Regulations for the medical services of the Army of India
Year: 1930
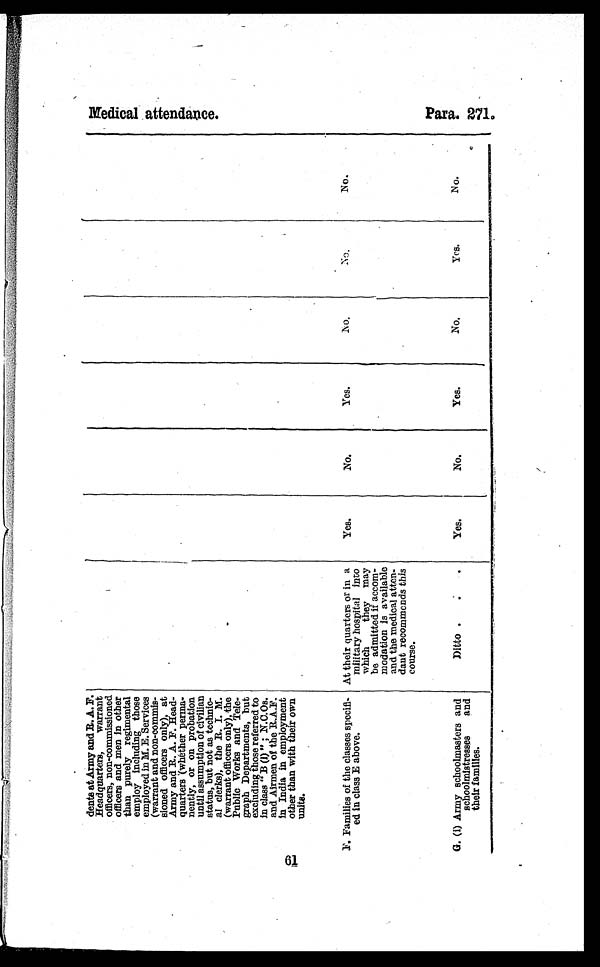
61
dents at Army and R. A. F.
Headquarters, warrant
officers, non-commissioned
officers and men in other
than purely regimental
employ including those
employed in M. E. Services
(warrant and non-commis-
sioned officers only), at
Army and R A. F. Head-
quarters (whether perma-
nently, or on probation
until assumption of civilian
status, but not as technic-
al clerks), the R. I. M.
(warrant officers only), the
Public Works and Tele-
graph Departments, but
excluding those referred to
in class " B( i ) " ;
N . C . O s .
and Airmen of the R.A.F.
In India in employment
other than with their own
units.
F. Families of the classes specifi-
ed in class E above.
At their quarters or in a
military hospital into
which they may
be admitted if accom-
modation is available
and the medical atten-
dant recommends this
course.
Yes.
No.
Yes.
NO.
No.
No.
G. (i) Army schoolmasters and
schoolmistresses and
t h e i r f a mi l l e s .
Ditto
Yes.
No.
Yes.
No.
Yes.
No.
M e d i c a l a t t e d a n c e
P a r a 2 7 1 .